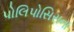
પોલિપોસિસના